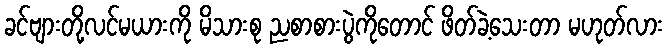
ခင်ဗျားတို့လင်မယားကို မိသားစု ညစာစားပွဲကိုတောင် ဖိတ်ခဲ့သေးတာ မဟုတ်လား